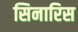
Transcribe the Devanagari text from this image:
सिनारिस